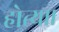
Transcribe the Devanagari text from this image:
होत्या।